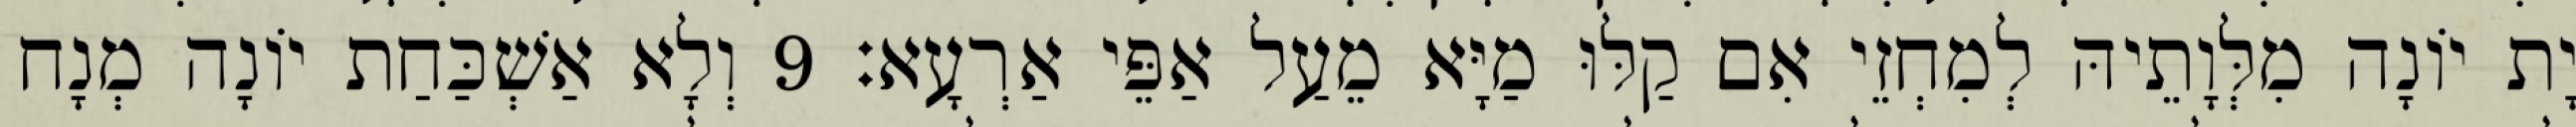
יָת יוֹנָה מִלְּוָתֵיהּ לְמִחְזֵי אִם קַלּוּ מַיָּא מֵעַל אַפֵּי אַרְעָא׃ 9 וְלָא אַשְׁכַּחַת יוֹנָה מְנָח